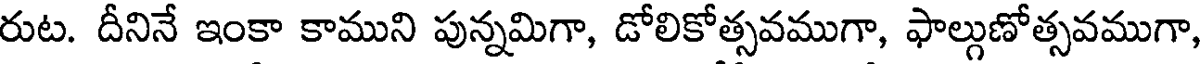
రుట. దీనినే ఇంకా కాముని పున్నమిగా, డోలికోత్సవముగా, ఫాల్గుణోత్సవముగా,